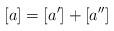
LaTeX: \begin{align*}[a]=[a']+[a'']\end{align*}